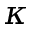
\kappa